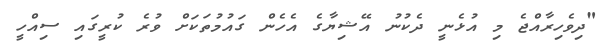
"ދިވެހިރާއްޖެ މި އުޅެނީ ދެކުނު އޭޝިޔާގެ އެހެން ގައުމުތަކަށް ވުރެ ކުރީގައި ސިއްހީ